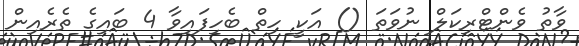
ވާތު ވެންޓްރިކަލް ނުވަތަ () އަކީ ހިތް ބެހިފައިވާ 4 ބައިގެ ތެރެއިން